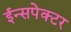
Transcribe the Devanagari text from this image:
ईन्सपेक्टर